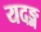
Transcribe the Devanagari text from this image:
यदङ्ग